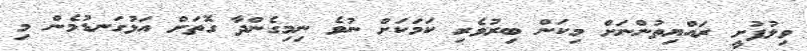
ވިލުފުށީ ރައްޔިތުންނަށް މިކަން ބިރުވެރި ކަމަކަށް ނުވެ ނިމިގެންދާ ގޮތަށް އަޅުގަނޑުމެން މި